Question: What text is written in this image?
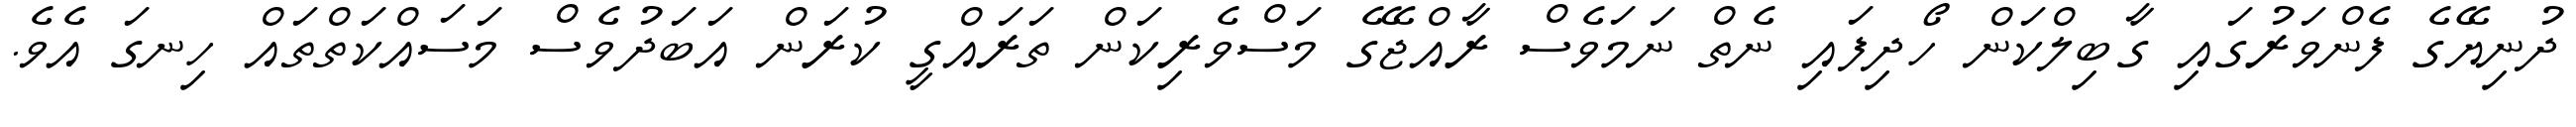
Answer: ދުނިޔޭގެ ފެންވަރުގައި ގާބިލްކަން ހޯދިފައި ނެތް ނަމަވެސް ރާއްޖޭގެ މަސްވެރިކަން ތަރައްގީ ކުރަން އަބަދުވެސް މަސައްކަތްތައް ހިނގަ އެވެ.